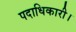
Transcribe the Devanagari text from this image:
पदाधिकारी।